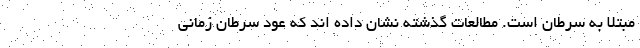
مبتلا به سرطان است. مطالعات گذشته نشان داده اند که عود سرطان زمانی